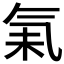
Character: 𰚾